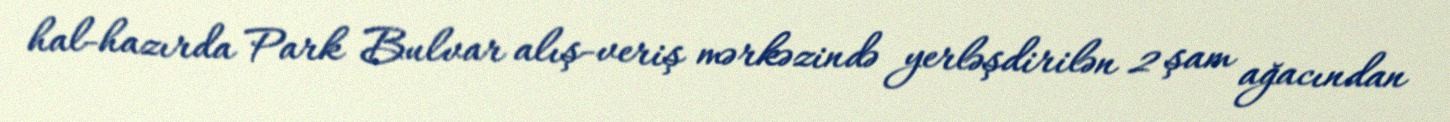
hal-hazırda Park Bulvar alış-veriş mərkəzində yerləşdirilən 2 şam ağacından